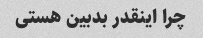
چرا اینقدر بدبین هستی